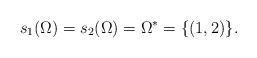
LaTeX: \begin{align*}s_1(\Omega) = s_2(\Omega) = \Omega^* = \{(1,2)\}.\end{align*}